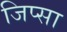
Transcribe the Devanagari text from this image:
जिप्सा